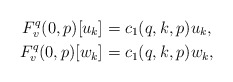
\begin{align*}F^q_v(0,p)[u_k] &= c_1(q,k,p) u_k,\\F^q_v(0,p)[w_k] &= c_1(q,k,p) w_k,\end{align*}